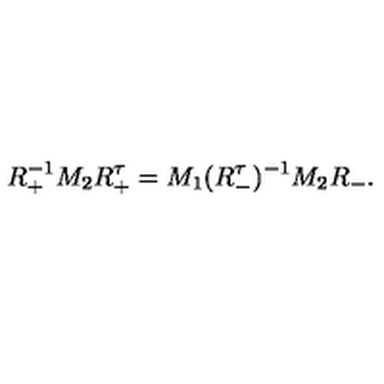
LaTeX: R _ { + } ^ { - 1 } M _ { 2 } R _ { + } ^ { \tau } = { } M _ { 1 } ( R _ { - } ^ { \tau } ) ^ { - 1 } M _ { 2 } R _ { - } .